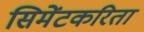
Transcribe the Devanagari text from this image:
सिमेंटकरिता